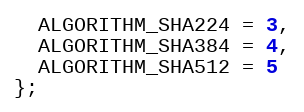
Language: C
  ALGORITHM_SHA224 = 3,
  ALGORITHM_SHA384 = 4,
  ALGORITHM_SHA512 = 5
};